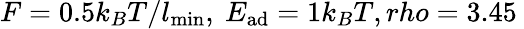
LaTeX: F=0.5k_{B}T/l_{\mathrm{min}},~E_{\mathrm{ad}}=1k_{B}T,rho=3.45\